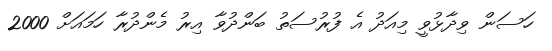
ހަސަން ވިދާޅުވީ މިއަދު އެ ފުރުސަތު ބަންދުވާ އިރު މެންދުރާ ހަމައަށް 2000